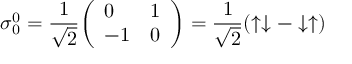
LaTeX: { \boldsymbol { \sigma } } _ { 0 } ^ { 0 } = { \frac { 1 } { \sqrt { 2 } } } { \left( \begin{array} { l l } { 0 } & { 1 } \\ { - 1 } & { 0 } \end{array} \right) } = { \frac { 1 } { \sqrt { 2 } } } ( \uparrow \downarrow - \downarrow \uparrow )